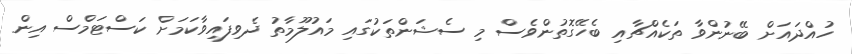
ހުއްދައަށް ބޭނުންވާ ތަކެއްޗާއި ބެހޭގޮތުންވެސް މި ސެޝަންތަކުގައި މައުލޫމާތު ދެވިފައިވާކަމަށް ކަސްޓަމްސް އިން